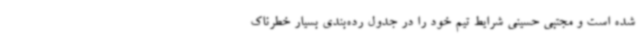
شده است و مجتبی حسینی شرایط تیم خود را در جدول رده‌بندی بسیار خطرناک